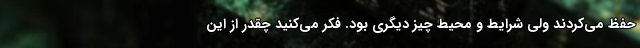
حفظ می‌کردند ولی شرایط و محیط چیز دیگری بود. فکر می‌کنید چقدر از این